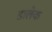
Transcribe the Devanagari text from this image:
डालेक